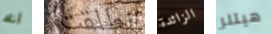
أنك انطلقت الزائدة هيتلر